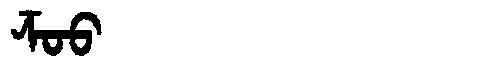
Manchu: ᡯᠣᠣ
Romanization: DZOO